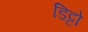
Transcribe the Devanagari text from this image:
डिट्टो